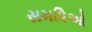
સમધિઓ